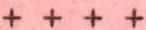
++++